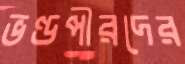
ভণ্ডপীরদের